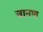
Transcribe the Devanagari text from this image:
चानण